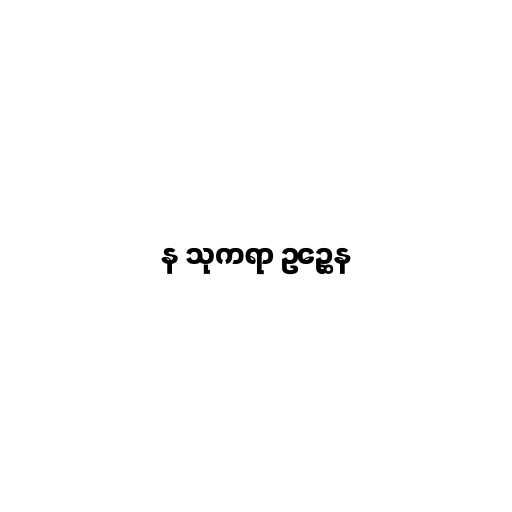
န သုကရာ ဥဉ္ဆေန